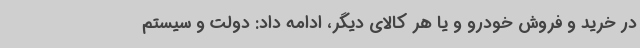
در خرید و فروش خودرو و یا هر کالای دیگر، ادامه داد: دولت و سیستم